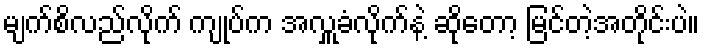
မျက်စိလည်လိုက် ကျုပ်က အလှူခံလိုက်နဲ့ ဆိုတော့ မြင်တဲ့အတိုင်းပဲ။